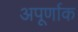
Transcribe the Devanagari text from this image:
अपूर्णाक